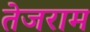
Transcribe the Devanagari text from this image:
तेजराम